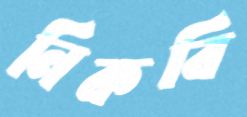
নিকবি